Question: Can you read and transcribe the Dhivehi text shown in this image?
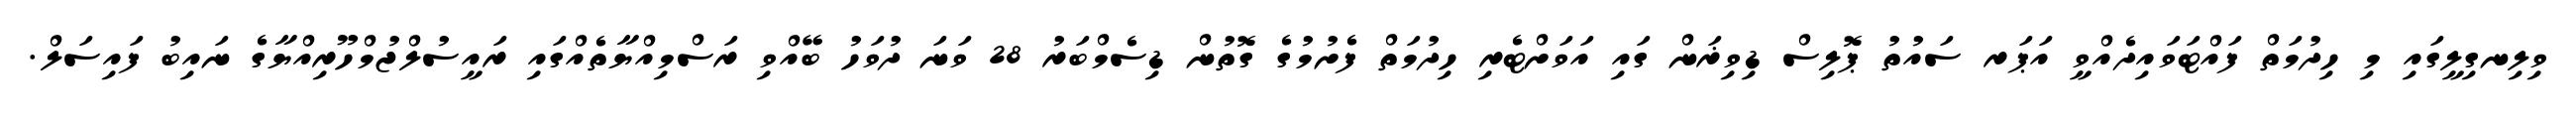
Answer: ވިލިނގިލީގައި މި ހިދުމަތް ފައްޓަވައިދެއްވީ އަޕަރ ސައުތު ޕޮލިސް ޑިވިޜަން ގައި އަވަށްޓެރި ހިދުމަތް ފެށުމުގެ ގޮތުން ޑިސެމްބަރު 28 ވަނަ ދުވަހު ބޭއްވި ރަސްމިއްޔާތެއްގައި ރައީސުލްޖުމްހޫރިއްޔާގެ ނައިބު ފައިސަލް.